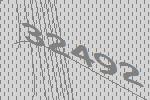
32492